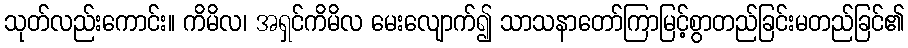
သုတ်လည်းကောင်း။ ကိမိလ၊ အရှင်ကိမိလ မေးလျောက်၍ သာသနာတော်ကြာမြင့်စွာတည်ခြင်းမတည်ခြင်၏